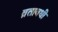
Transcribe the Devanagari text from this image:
व्रतावधी